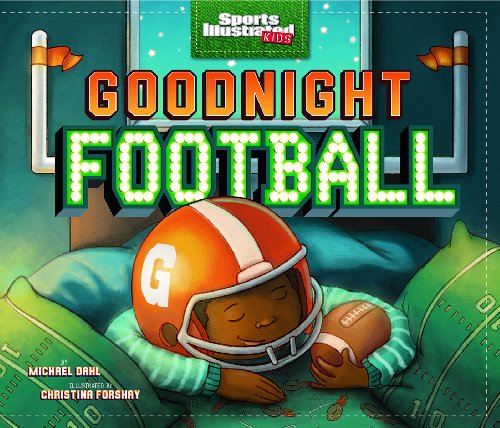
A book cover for Goodnight Football (Fiction Picture Books) (Sports Illustrated Kids Bedtime Books); Michael Dahl; Children's Books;